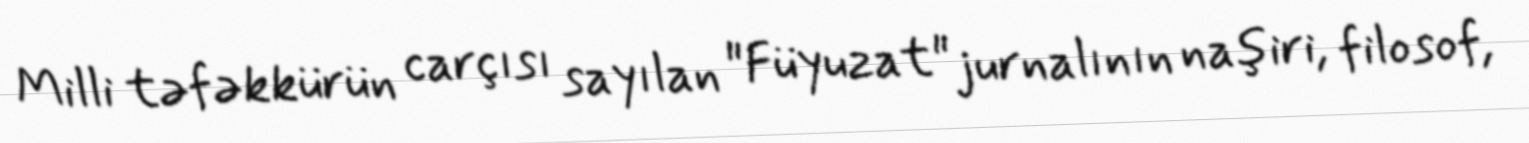
Milli təfəkkürün carçısı sayılan "Füyuzat" jurnalının naşiri, filosof,